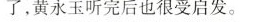
了，黄永玉听完后也很受启发。